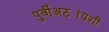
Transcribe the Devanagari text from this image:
पुर्वीअठ्यांयशीं